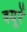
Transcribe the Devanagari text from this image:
बयूरें